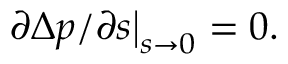
\left. { { \partial \Delta p } } / { \partial s } \right| _ { s \to 0 } = 0 .